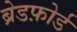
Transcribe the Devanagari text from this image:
ब्रेडफ़ोर्ड